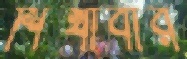
শিখাবার